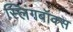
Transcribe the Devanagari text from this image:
स्लिंगबॉक्स